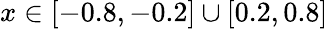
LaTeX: x\in[-0.8,-0.2]\cup[0.2,0.8]